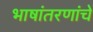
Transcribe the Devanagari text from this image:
भाषांतरणांचे